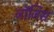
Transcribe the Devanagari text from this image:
जॉर्जिस